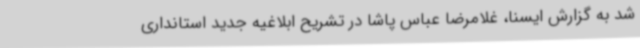
شد به گزارش ایسنا، غلامرضا عباس پاشا در تشریح ابلاغیه جدید استانداری